Problem: 13 + 8 = ?
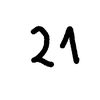
Handwritten answer: 21